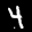
Label: 4